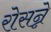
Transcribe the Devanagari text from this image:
रोसन्ने